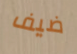
ضيف